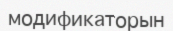
модификаторын